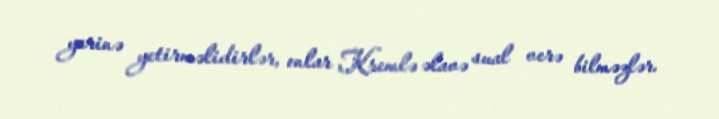
yerinə yetirməlidirlər, onlar Kremlə əlavə sual verə bilməzlər.